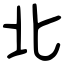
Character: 北